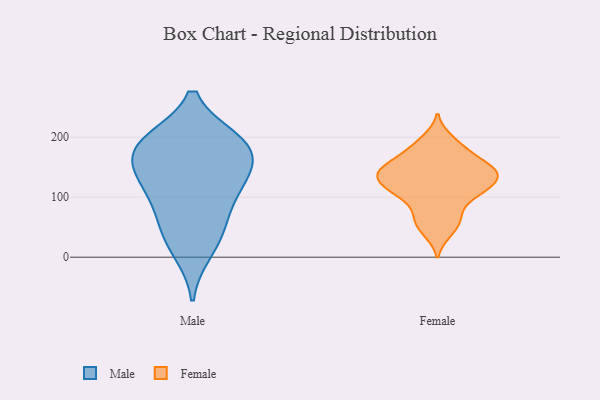
{"axis": {"x": "Tickets Resolved", "y": "Value"}, "legend": ["Female", "Male"], "data": [{"x": "", "y": 110, "type": "Male"}, {"x": "", "y": 192, "type": "Male"}, {"x": "", "y": 156, "type": "Male"}, {"x": "", "y": 187, "type": "Male"}, {"x": "", "y": 190, "type": "Male"}, {"x": "", "y": 100, "type": "Male"}, {"x": "", "y": 135, "type": "Male"}, {"x": "", "y": 42, "type": "Male"}, {"x": "", "y": 147, "type": "Male"}, {"x": "", "y": 10, "type": "Male"}, {"x": "", "y": 194, "type": "Male"}, {"x": "", "y": 56, "type": "Male"}, {"x": "", "y": 92, "type": "Female"}, {"x": "", "y": 125, "type": "Female"}, {"x": "", "y": 146, "type": "Female"}, {"x": "", "y": 155, "type": "Female"}, {"x": "", "y": 112, "type": "Female"}, {"x": "", "y": 108, "type": "Female"}, {"x": "", "y": 198, "type": "Female"}, {"x": "", "y": 112, "type": "Female"}, {"x": "", "y": 133, "type": "Female"}, {"x": "", "y": 135, "type": "Female"}, {"x": "", "y": 145, "type": "Female"}, {"x": "", "y": 179, "type": "Female"}, {"x": "", "y": 40, "type": "Female"}, {"x": "", "y": 173, "type": "Female"}, {"x": "", "y": 66, "type": "Female"}, {"x": "", "y": 61, "type": "Female"}, {"x": "", "y": 147, "type": "Female"}]}